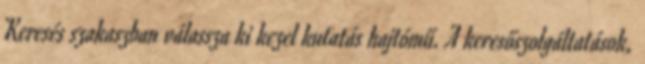
Keresés szakaszban válassza ki kezel kutatás hajtómű. A keresőszolgáltatások,